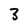
Character: 3